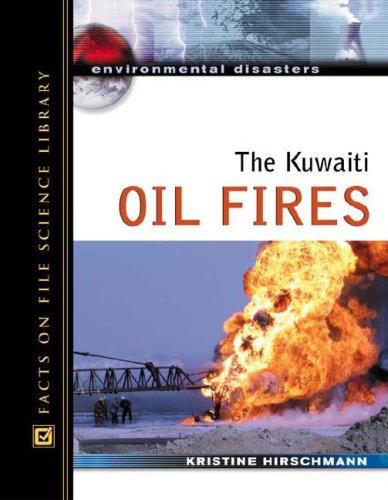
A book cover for The Kuwaiti Oil Fires (Environmental Disasters); Kristine Hirschmann; History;